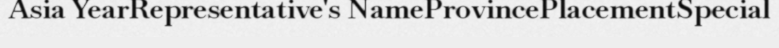
Asia YearRepresentative's NameProvincePlacementSpecial